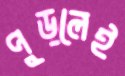
পুড়লেই